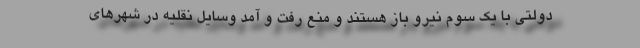
دولتی با یک سوم نیرو باز هستند و منع رفت و آمد وسایل نقلیه در شهرهای